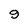
Character: 9